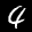
Label: 4